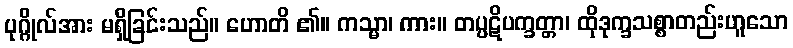
ပုဂ္ဂိုလ်အား မရှိခြင်းသည်။ ဟောတိ ၏။ ကသ္မာ၊ ကား။ တပ္ပဋိပက္ခတ္တာ၊ ထိုဒုက္ခသစ္စာတည်းဟူသော